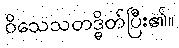
ဝိသေသတဒ္ဓိတ်ပြီး၏။